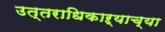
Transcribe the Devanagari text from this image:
उत्तराधिकाऱ्याच्या